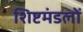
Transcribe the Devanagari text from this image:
शिष्टमंडलों